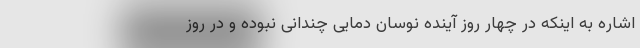
اشاره به اینکه در چهار روز آینده نوسان دمایی چندانی نبوده و در روز